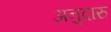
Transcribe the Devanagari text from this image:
अनुदारु